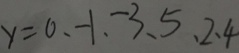
y = 0 、 - 1 、 - 3 、 5 、 2 、 4